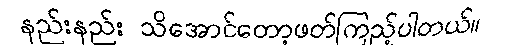
နည်းနည်း သိအောင်တော့ဖတ်ကြည့်ပါတယ်။